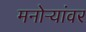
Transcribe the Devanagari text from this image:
मनोऱ्यांवर